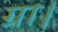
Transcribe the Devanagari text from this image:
ग्रा।